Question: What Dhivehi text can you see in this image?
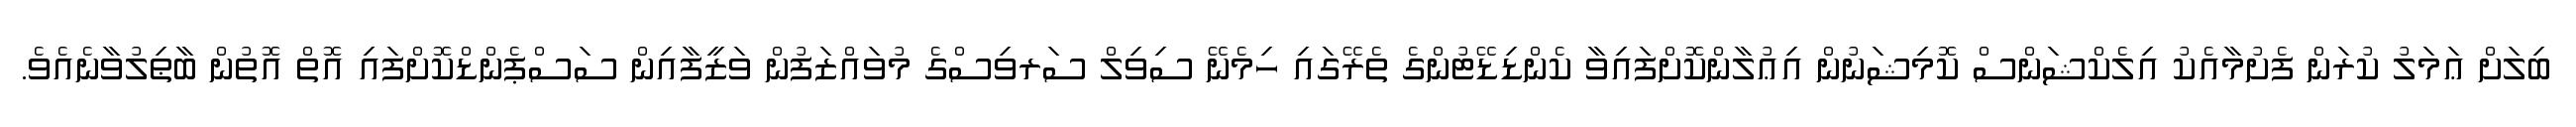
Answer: ބިލަށް ޢަމަލު ކުރަން ފެށުމާއެކު އިލެކްޝަންސް ކޮމިޝަނުން އިޢުލާންކޮށްފައިވާ ކެންޑިޑޭޓުންގެ ތެރޭގައި ހިމެނޭ ސިވިލް ސަރވިސްގެ މުވައްޒަފުން ވަޒީފާއިން ސަސްޕެންޑްކޮށްފައި އޮތް އޮތުން ބާޠިލުވާނެއެވެ.